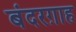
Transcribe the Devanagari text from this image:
बंदरग़ाह